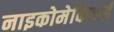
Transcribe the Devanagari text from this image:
नाइकोमेकियाई